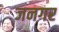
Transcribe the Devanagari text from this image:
जनगर